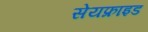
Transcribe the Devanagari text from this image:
सेयफ्राइड